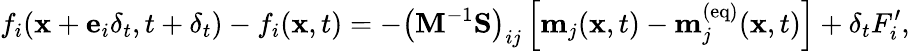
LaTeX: f_{i}(\mathbf{x}+\mathbf{e}_{i}\delta_{t},t+\delta_{t})-f_{i}(\mathbf{x},t)=-\left(\mathbf{M}^{-1}\mathbf{S}\right)_{ij}\left[\mathbf{m}_{j}(\mathbf{x},t)-\mathbf{m}_{j}^{(\mathrm{eq})}(\mathbf{x},t)\right]+\delta_{t}F_{i}^{\prime},